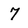
Character: 7